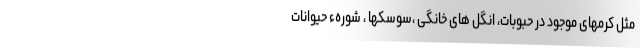
مثل کرمهای موجود در حبوبات، انگل های خانگی ،سوسکها ، شورهء حیوانات